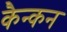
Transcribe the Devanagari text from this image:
कैन्कन